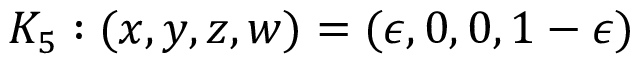
K _ { 5 } : ( x , y , z , w ) = ( \epsilon , 0 , 0 , 1 - \epsilon )